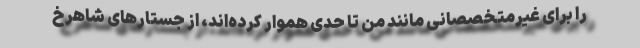
را برای غیرمتخصصانی مانند من تا حدی هموار کرده‌اند، از جستارهای شاهرخ